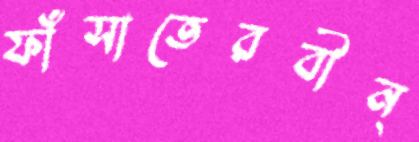
ফাঁসাতেরবীন্